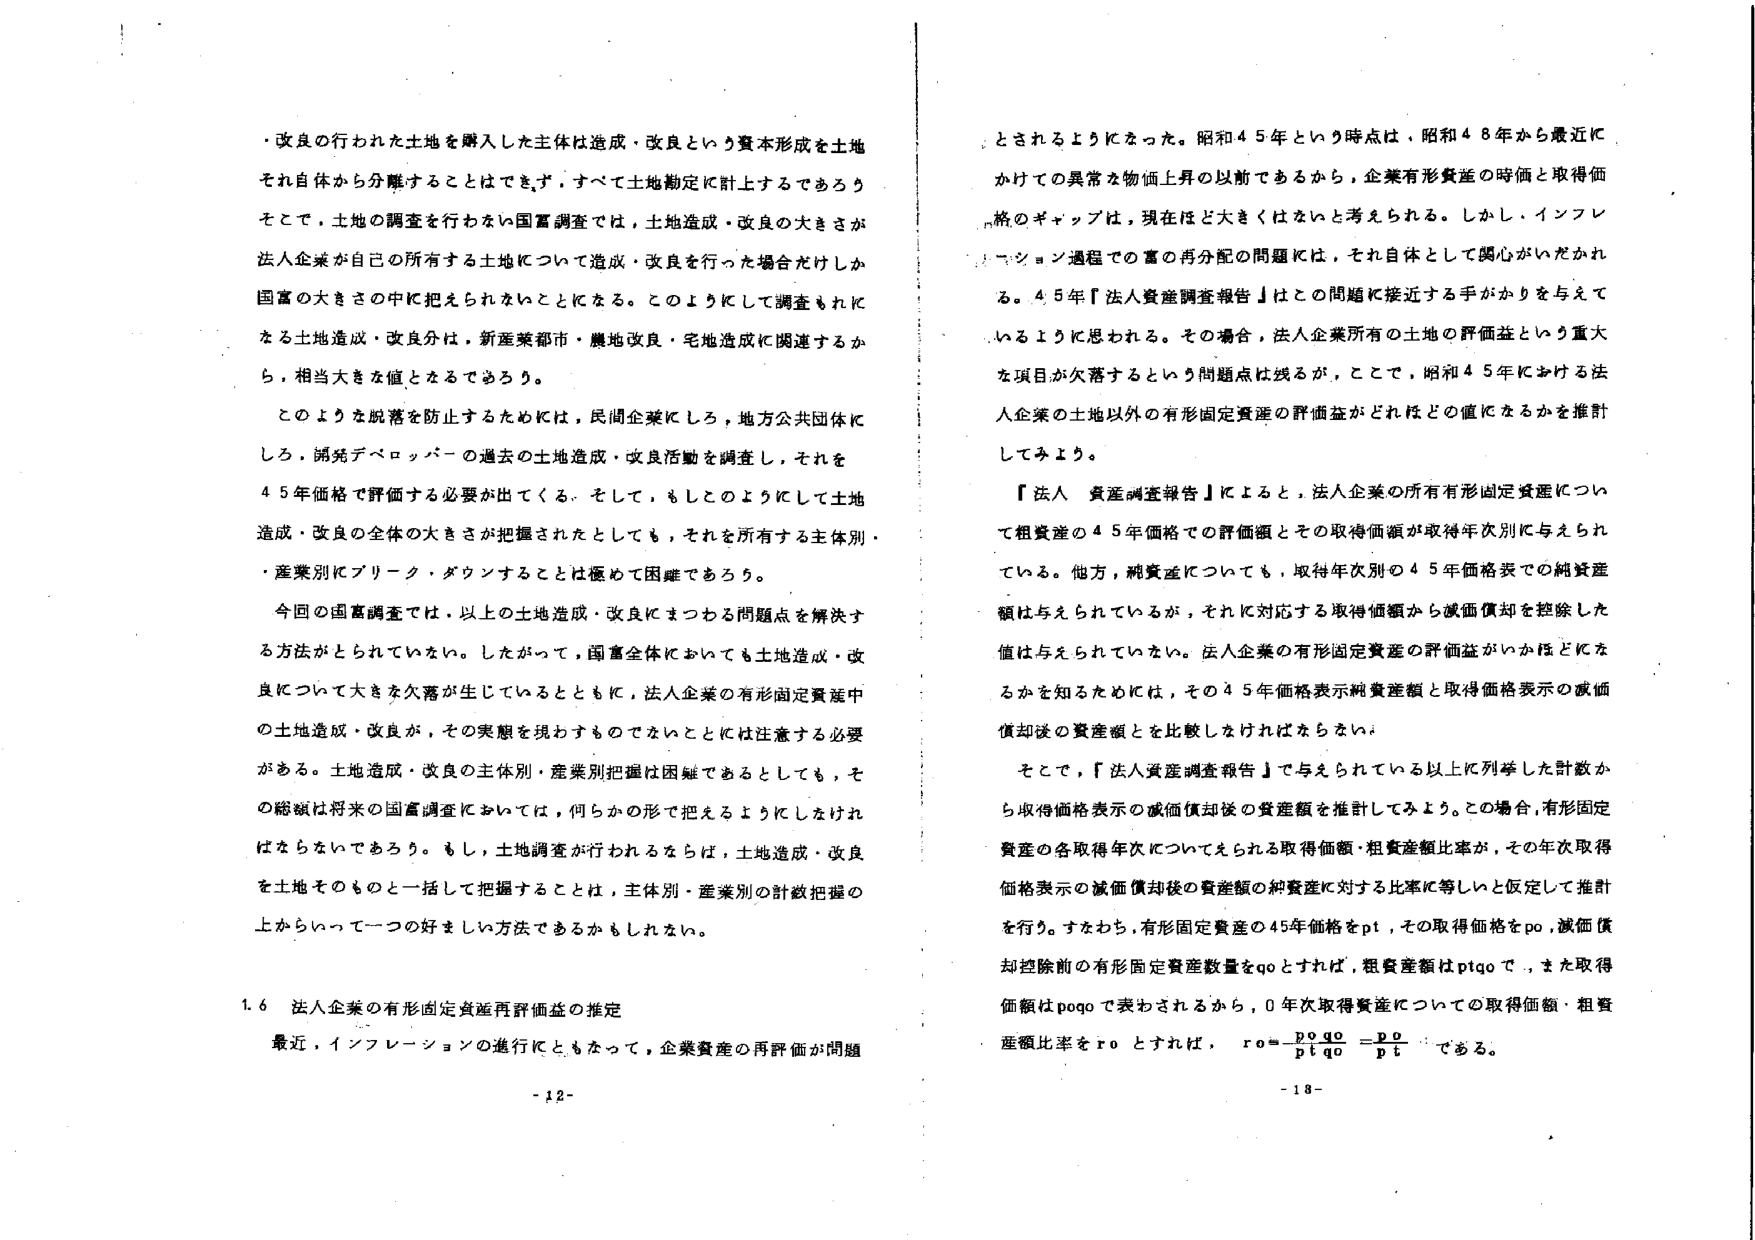
・改良の行われた土地を購入した主体は造成・改良という資本形成を土地
それ自体から分離することはできず、すべて土地勘定に計上するであろう
そこで、土地の調査を行わない国富調査では、土地造成・改良の大きさが
法人企業が自己の所有する土地について造成・改良を行った場合だけしか
国富の大きさの中に捉えられないことになる。このようにして調査されて
る土地造成・改良分は、新産業都市・農地改良・宅地造成に関連するか
ら、相当大きな値となるであろう。

このように脱落を防止するためには、民間企業にしろ、地方公共団体に
しろ、開発デベロッパーの過去の土地造成・改良活動を調査し、それを
45年価格で評価する必要が出てくる。そして、もしそのようにして土地
造成・改良の全体の大きさが把握されたとしても、それを所有する主体別・
産業別にブリーグ・ダウンすることは極めて困難であろう。

今回の国富調査では、以上の土地造成・改良にまつわる問題点を解決す
る方法がとられていない。したがって、国富全体においても土地造成・改
良について大きさ欠落が生じているとともに、法人企業の有形固定資産中
の土地造成・改良が、その実態を現わすものでないことには注意する必要
がある。土地造成・改良の主体別・産業別把握は困難であるとしても、そ
の総額は将来の国富調査においては、何らかの形で捉えるようにしなけれ
ばならないであろう。もし、土地調査が行われるならば、土地造成・改良
を土地そのものと一括して把握することは、主体別・産業別の計数把握の
上からいって一つの好ましい方法であるかもしれない。

1.6 法人企業の有形固定資産再評価益の推定
最近、インフレーションの進行にともなって、企業資産の再評価が問題

とされるようになった。昭和45年という時点は、昭和48年から最近に
かけての異常な物価上昇の以前であるから、企業有形資産の時価と取得価
格のギャップは、現在ほど大きくはないと考えられる。しかし、インフレ
ーション過程での富の再分配の問題には、それ自体として関心がいだかれ
る。45年『法人資産調査報告』はこの問題に接近する手がかりを与えて
いるように思われる。その場合、法人企業所有の土地の評価益という重大
な項目が欠落するという問題点は残るが、そこで、昭和45年における法
人企業の土地以外の有形固定資産の評価益がどれほどの値になるかを推計
してみよう。

『法人資産調査報告』によると、法人企業の所有有形固定資産につい
て粗資産の45年価格での評価額とその取得価額が取得年次別に与えられ
ている。他方、純資産についても、取得年次別の45年価格表での純資産
額は与えられているが、それに対応する取得価額から減価償却を控除した
値は与えられていない。法人企業の有形固定資産の評価益がいかほどにな
るかを知るためには、その45年価格表示純資産額と取得価格表示の減価
償却後の資産額とを比較しなければならない。

そこで、『法人資産調査報告』で与えられている以上に列挙した計数か
ら取得価格表示の減価償却後の資産額を推計してみよう。この場合、有形固定
資産の各取得年次についてえられる取得価額・粗資産額比率が、その年次取得
価格表示の減価償却後の資産額の純資産に対する比率に等しいと仮定して推計
を行う。すなわち、有形固定資産の45年価格をpt、その取得価格をpo、減価償
却控除前の有形固定資産数量をqoとすれば、粗資産額はptqoで、また取得
価額はpoqoで表わされるから、0年次取得資産についての取得価額・粗資
産額比率をroとすれば、 ro = (po qo) / (pt qo) = po / pt である。

-12-
-13-